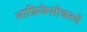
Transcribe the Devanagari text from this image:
आफ्रिकेसोबतचे